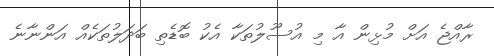
ރާއްޖެ އަށް މުޅިން އާ މި އުސޫލުތަކާ އެކު ބޮޑެތި ބަދަލުތަކެއް އަންނާނެ